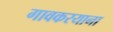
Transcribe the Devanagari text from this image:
गावकरयाना